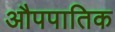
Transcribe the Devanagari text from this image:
औपपातिक